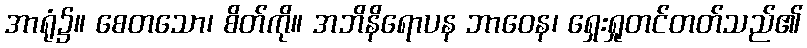
အာရုံ၌။ စေတသော၊ စိတ်ကို။ အဘိနိရောပန ဘာဝေန၊ ရှေးရှုတင်တတ်သည်၏